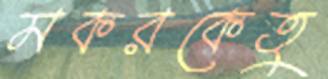
মকরকেতু